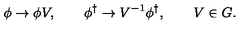
\phi \to \phi V , \qquad \phi ^ { \dag } \to V ^ { - 1 } \phi ^ { \dag } , \qquad V \in G .